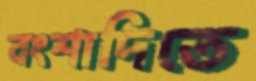
বংশাদিতে